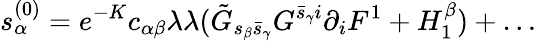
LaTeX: s_{\alpha}^{(0)}=e^{-K}c_{\alpha\beta}\lambda\lambda(\tilde{G}_{s_{\beta}\bar{s}_{\gamma}}G^{\bar{s}_{\gamma}i}\partial_{i}F^{1}+H_{1}^{\beta})+\dots